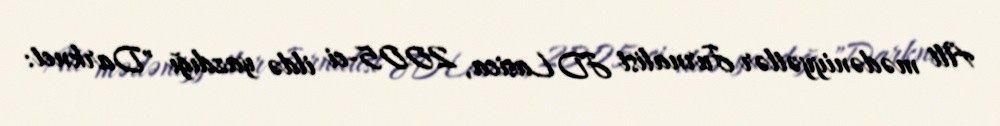
Alt mədəniyyətlər Jurnalist JD Lasica, 2005-ci ildə yazdığı "Darknet: